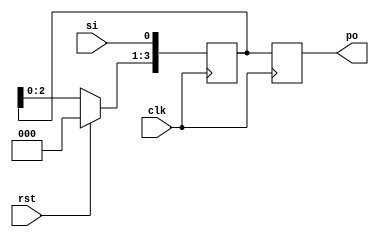
module sipomod(clk,rst, si, po);
input clk, si,rst;
output reg [3:0] po;
reg [3:0] tmp;
always @(posedge clk ) begin
if (rst)
tmp <= 4'b0000;
else
tmp <= tmp << 1;
tmp[0] <= si;
po = tmp;
end
endmodule